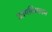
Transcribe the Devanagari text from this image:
आयविभाजन